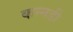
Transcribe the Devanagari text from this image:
कन्नडी